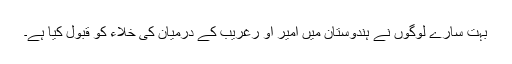
بہت سارے لوگوں نے ہندوستان میں امیر او رغریب کے درمیان کی خلاء کو قبول کیا ہے۔